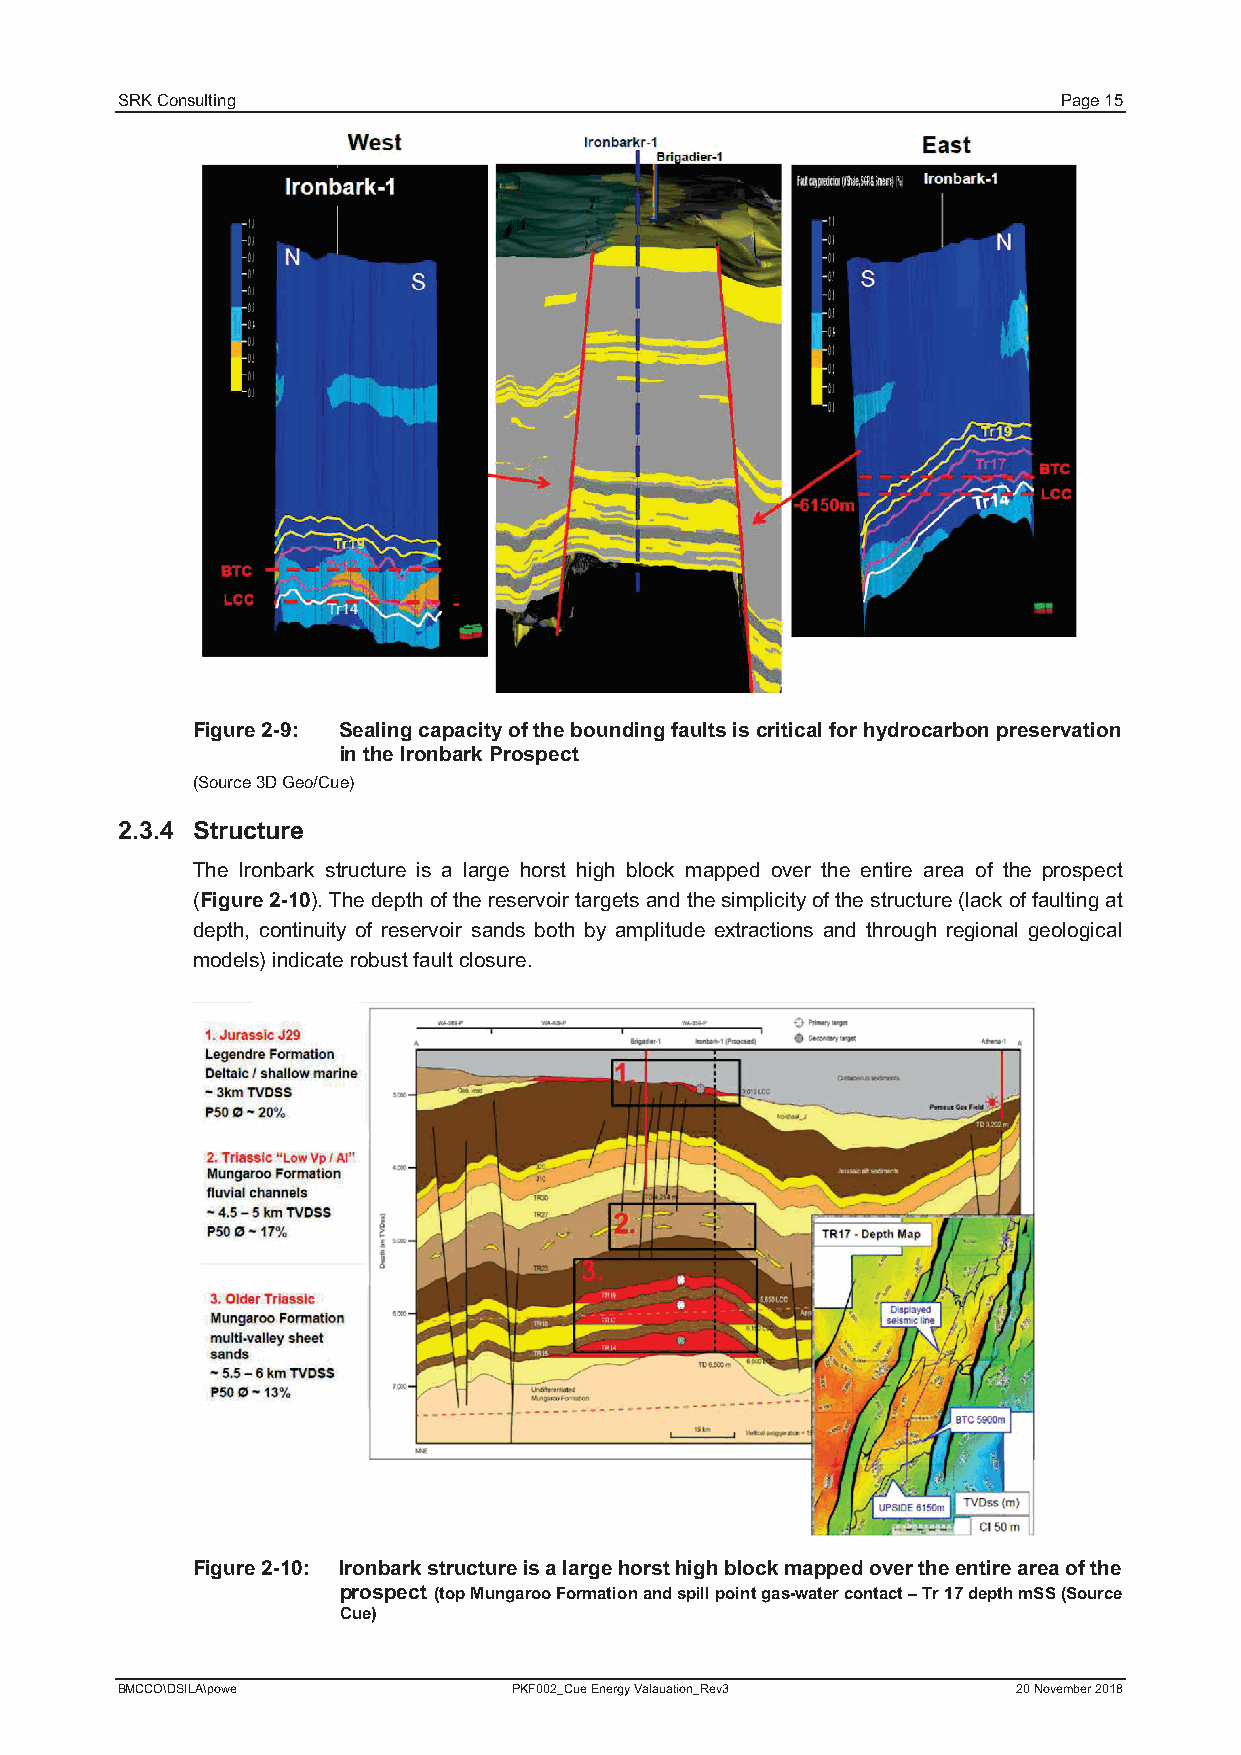
SRK Consulting                                                Page 15
 Figure 2-9: Sealing capacity of the bounding faults is critical for hydrocarbon preservation
 in the Ironbark Prospect
 (Source 3D Geo/Cue)
 2.3.4 Structure
 The Ironbark structure is a large horst high block mapped over the entire area of the prospect
 (Figure2-10).Thedepth of the reservoir targets and the simplicity of thestructure (lack of faulting at
 depth, continuity of reservoir sands both by amplitude extractions and through regional geological
 models)indicate robust fault closure.
 Figure 2-10: Ironbark structure is alarge horst high block mapped over the entire area of the
 prospect (top Mungaroo Formation and spill point gas-water contact–Tr 17depth mSS(Source
 Cue)
 BMCCO\DSILA\powe          PKF002_Cue Energy Valauation_Rev3 20 November 2018